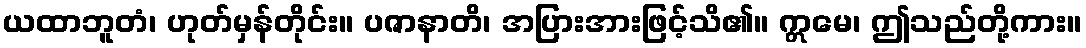
ယထာဘူတံ၊ ဟုတ်မှန်တိုင်း။ ပဇာနာတိ၊ အပြားအားဖြင့်သိ၏။ ဣမေ၊ ဤသည်တို့ကား။